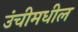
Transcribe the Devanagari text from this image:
उंचीमधील